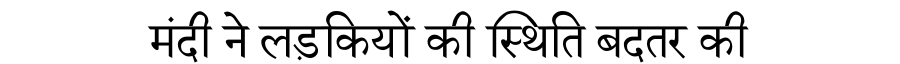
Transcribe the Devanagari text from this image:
मंदी ने लड़कियों की स्थिति बदतर की